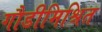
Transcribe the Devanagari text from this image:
गौडीमिश्रित